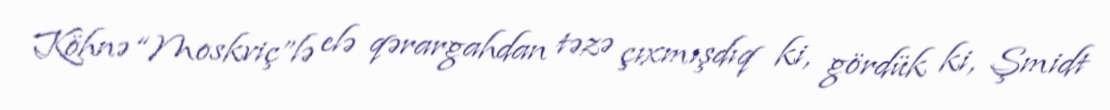
Köhnə “Moskviç”lə elə qərargahdan təzə çıxmışdıq ki, gördük ki, Şmidt